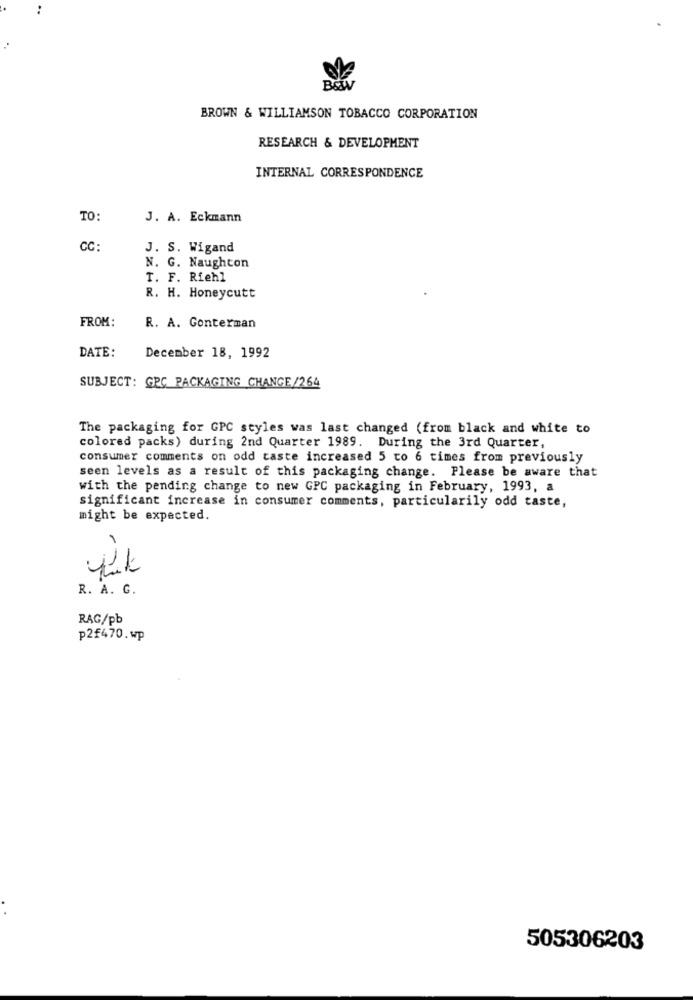
BROWN & WILLIAMSON TOBACCO CORPORATION
RESEARCH & DEVELOPMENT
INTERNAL CORRESPONDENCE
TO:
J. A. Eckmann
CC:
J. S. Wigand
N. G. Naughton
T. F. Riehl
R. H. Honeycutt
FROM:
R. A. Conterman
DATE:
December 18, 1992
SUBJECT: GRC PACKAGING CHANGE/264
The packaging for GPC styles was last changed (from black and white to
colored packs) during 2nd Quarter 1989. During the 3rd Quarter,
consumer comments on odd taste increased 5 to 6 times from previously
seen levels as a result of this packaging change. Please be aware that
with the pending change to new GPC packaging in February, 1993, a
significant increase in consumer comments, particularily odd taste,
might be expected.
R. A. G.
RAG/pb
p2£470.wp
505306203